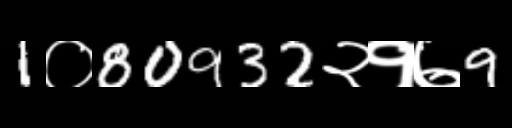
Text: 1०80932२१७9